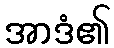
အာဒံ၏